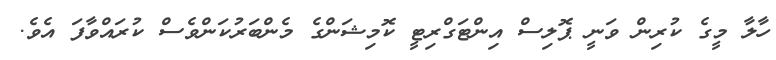
ހާލާ މީގެ ކުރިން ވަނީ ޕޮލިސް އިންޓަގްރިޓީ ކޮމިޝަންގެ މެންބަރުކަންވެސް ކުރައްވާފަ އެވެ.